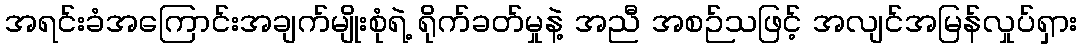
အရင်းခံအကြောင်းအချက်မျိုးစုံရဲ့ ရိုက်ခတ်မှုနဲ့ အညီ အစဉ်သဖြင့် အလျင်အမြန်လှုပ်ရှား